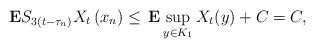
LaTeX: \begin{align*}\mathbf{E}S_{3(t-\tau_{n})}X_{t}\,(x_{n})\leq\,\mathbf{E}\sup_{y\in K_{1}}X_{t}(y)+C=C,\end{align*}